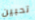
تحبين